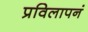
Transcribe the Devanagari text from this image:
प्रविलापनं